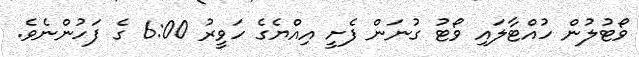
ވޯޓުލުން ހުއްޓާލައި ވޯޓު ގުނަން ފެށީ އިއްޔެގެ ހަވީރު 6:00 ގެ ފަހުންނެވެ.